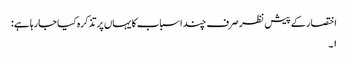
اختصار کے پیش نظر صرف چند اسباب کا یہاں پر تذکرہ کیا جارہا ہے:
۱۔